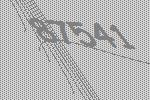
87541